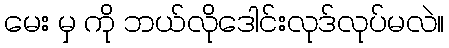
မေး မှ ကို ဘယ်လိုဒေါင်းလုဒ်လုပ်မလဲ။